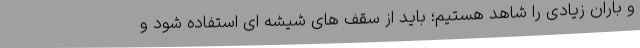
و باران زیادی را شاهد هستیم؛ باید از سقف های شیشه ای استفاده شود و